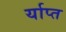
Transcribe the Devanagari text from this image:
र्याप्त